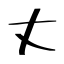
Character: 丈